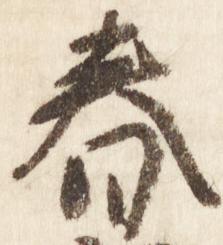
春